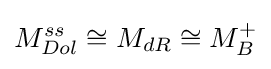
M_{Dol}^{ss}\cong M_{dR}\cong M_{B}^{+}